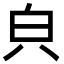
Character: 㒵